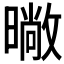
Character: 𭧨